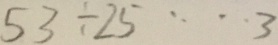
5 3 \div 2 5 \cdots 3